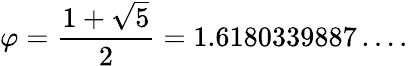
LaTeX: \varphi={\frac{1+{\sqrt{5}}}{2}}=1.6180339887\ldots.